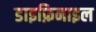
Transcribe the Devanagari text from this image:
डाइफ़िनाइल